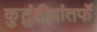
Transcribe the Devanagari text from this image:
कुटुंबीयांतर्फे